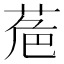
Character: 𮏘